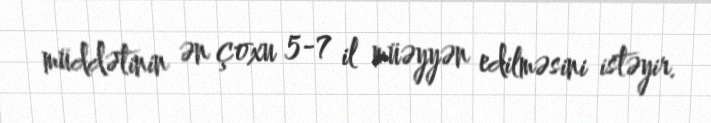
müddətinin ən çoxu 5-7 il müəyyən edilməsini istəyir.